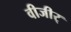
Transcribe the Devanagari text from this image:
वीजीर्